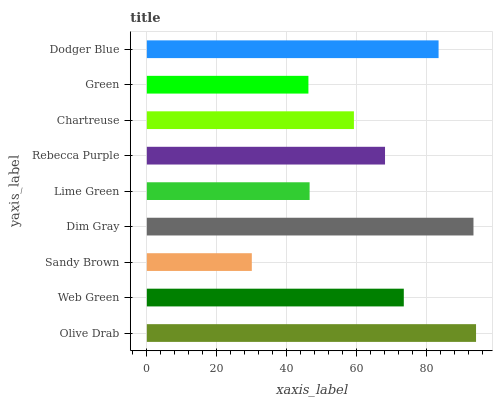
| yaxis_label | bars |
 | --- | --- |
 | Olive Drab | 94 |
 | Web Green | 73.4 |
 | Sandy Brown | 30 |
 | Dim Gray | 93.3 |
 | Lime Green | 46.5 |
 | Rebecca Purple | 68 |
 | Chartreuse | 59.1 |
 | Green | 46.1 |
 | Dodger Blue | 83.3 |